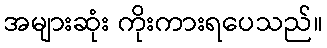
အများဆုံး ကိုးကားရပေသည်။